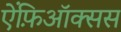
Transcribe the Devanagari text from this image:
ऐंफ़िऑक्सस